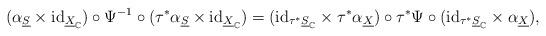
LaTeX: \begin{align*}(\alpha_{\underline{S}}\times\mathrm{id}_{\underline{X}_{\mathbb{C}}})\circ\Psi^{-1}\circ(\tau^{*}\alpha_{\underline{S}}\times\mathrm{id}_{\underline{X}_{\mathbb{C}}})=(\mathrm{id}_{\tau^{*}\underline{S}_{\mathbb{C}}}\times\tau^{*}\alpha_{\underline{X}})\circ\tau^{*}\Psi\circ(\mathrm{id}_{\tau^{*}\underline{S}_{\mathbb{C}}}\times\alpha_{\underline{X}}),\end{align*}